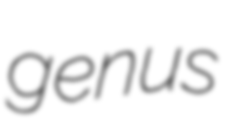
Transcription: genus